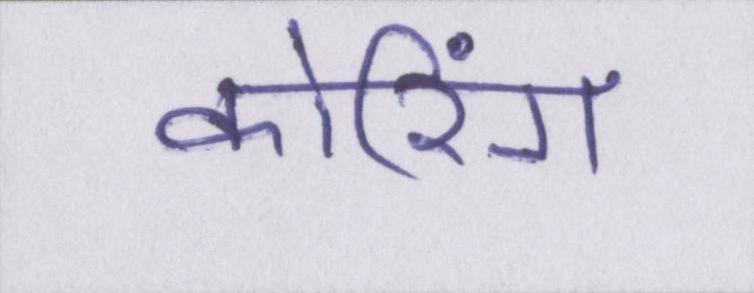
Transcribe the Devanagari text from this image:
कोरिंग